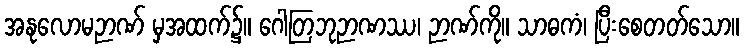
အနုလောမဉာဏ် မှအထက်၌။ ဂေါတြဘုဉာဏဿ၊ ဉာဏ်ကို။ သာဓကံ၊ ပြီးစေတတ်သော။